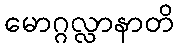
မောဂ္ဂလ္လာနာတိ